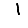
Digit: 1